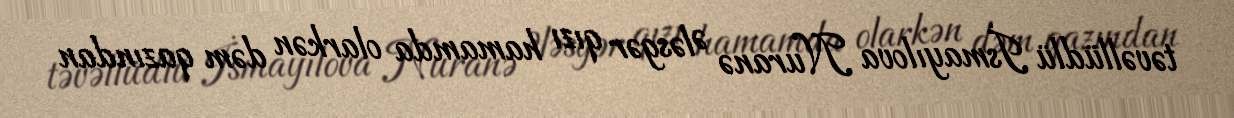
təvəllüdlü İsmayılova Nuranə Ələsgər qızı hamamda olarkən dəm qazından